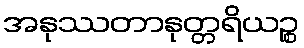
အနုဿတာနုတ္တရိယဉ္စ